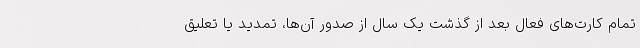
تمام کارت‌های فعال بعد از گذشت یک سال از صدور آن‌ها، تمدید یا تعلیق